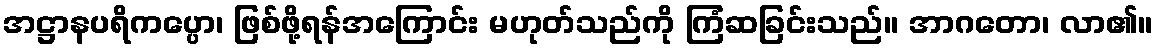
အဋ္ဌာနပရိကပ္ပော၊ ဖြစ်ဖို့ရန်အကြောင်း မဟုတ်သည်ကို ကြံဆခြင်းသည်။ အာဂတော၊ လာ၏။